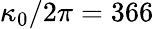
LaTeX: \kappa_{0}/2\pi=366